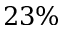
2 3 \%